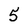
Character: 5